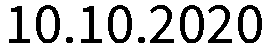
10.10.2020